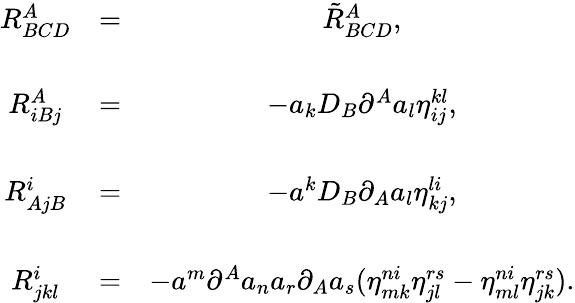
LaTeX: \begin{array}{ccc}{{R_{BCD}^{A}}}&{{=}}&{{\tilde{R}_{BCD}^{A},}}\\ {{}}&{{}}&{{}}\\ {{R_{iBj}^{A}}}&{{=}}&{{-a_{k}D_{B}\partial^{A}a_{l}\eta_{ij}^{kl},}}\\ {{}}&{{}}&{{}}\\ {{R_{AjB}^{i}}}&{{=}}&{{-a^{k}D_{B}\partial_{A}a_{l}\eta_{kj}^{li},}}\\ {{}}&{{}}&{{}}\\ {{R_{jkl}^{i}}}&{{=}}&{{-a^{m}\partial^{A}a_{n}a_{r}\partial_{A}a_{s}(\eta_{mk}^{ni}\eta_{jl}^{rs}-\eta_{ml}^{ni}\eta_{jk}^{rs}).}}\end{array}